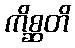
ကိစ္ဆတိ